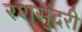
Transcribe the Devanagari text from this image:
रशसुंदरी